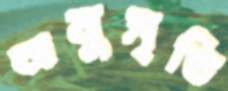
অনুসৃতি